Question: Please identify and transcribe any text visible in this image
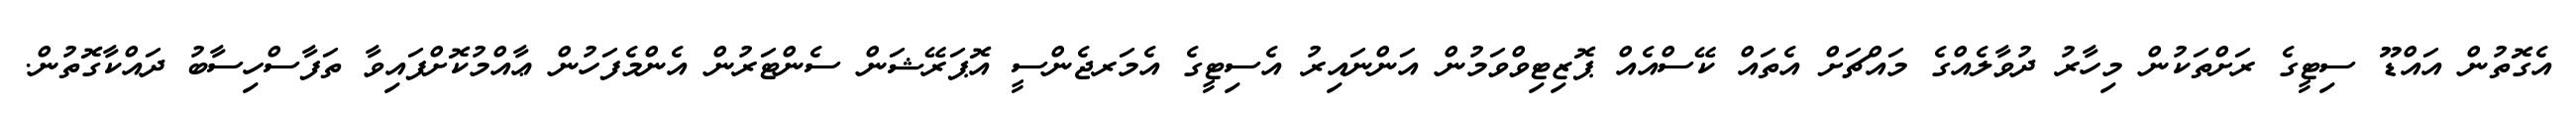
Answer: އެގޮތުން އައްޑޫ ސިޓީގެ ރަށްތަކުން މިހާރު ދުވާލެއްގެ މައްޗަށް އެތައް ކޭސްއެއް ޕޮޒިޓިވްވަމުން އަންނައިރު އެސިޓީގެ އެމަރޖެންސީ އޮޕަރޭޝަން ސެންޓަރުން އެންމެފަހުން ޢާއްމުކޮށްފައިވާ ތަފާސްހިސާބު ދައްކާގޮތުން.